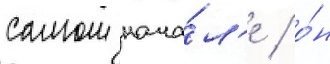
самом нача́л'е / о́н